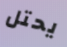
يحتل